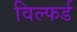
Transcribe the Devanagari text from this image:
विल्फर्ड